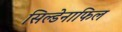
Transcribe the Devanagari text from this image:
सिल्डेनाफिल